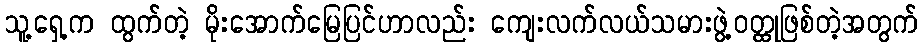
သူ့ရှေ့က ထွက်တဲ့ မိုးအောက်မြေပြင်ဟာလည်း ကျေးလက်လယ်သမားဖွဲ့ဝတ္ထုဖြစ်တဲ့အတွက်